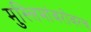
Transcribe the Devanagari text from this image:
मुस्लिमांबरोबरच